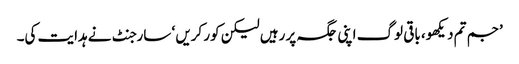
’جم تم دیکھو، باقی لوگ اپنی جگہ پر رہیں لیکن کور کریں ‘ سارجنٹ نے ہدایت کی۔